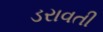
ડરાવતી